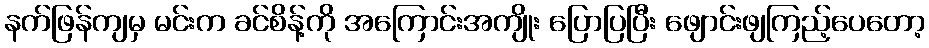
နက်ဖြန်ကျမှ မင်းက ခင်စိန့်ကို အကြောင်းအကျိုး ပြောပြပြီး ဖျောင်းဖျကြည့်ပေတော့